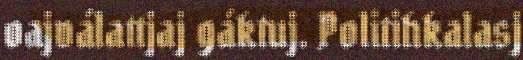
oajválattjaj gáktuj. Politihkalasj